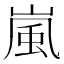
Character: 嵐